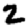
Digit: 2